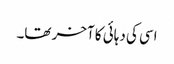
اسی کی دہائی کا آخر تھا۔